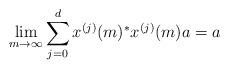
LaTeX: \begin{align*}\lim_{m \to \infty} \sum_{j=0}^d x^{(j)}(m)^*x^{(j)}(m)a = a\end{align*}